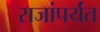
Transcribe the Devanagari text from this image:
राजांपर्यंत